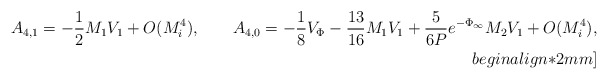
\begin{align*}A_{4,1}=-\frac{1}{2} M_1 V_1 + O(M_i^4), \qquad A_{4,0}=-\frac{1}{8}V_{\Phi}-\frac{13}{16} M_1 V_1+\frac{5}{6 P}e^{-\Phi_{\infty}} M_2 V_1 + O(M_i^4),\\begin{align*}2mm]\end{align*}